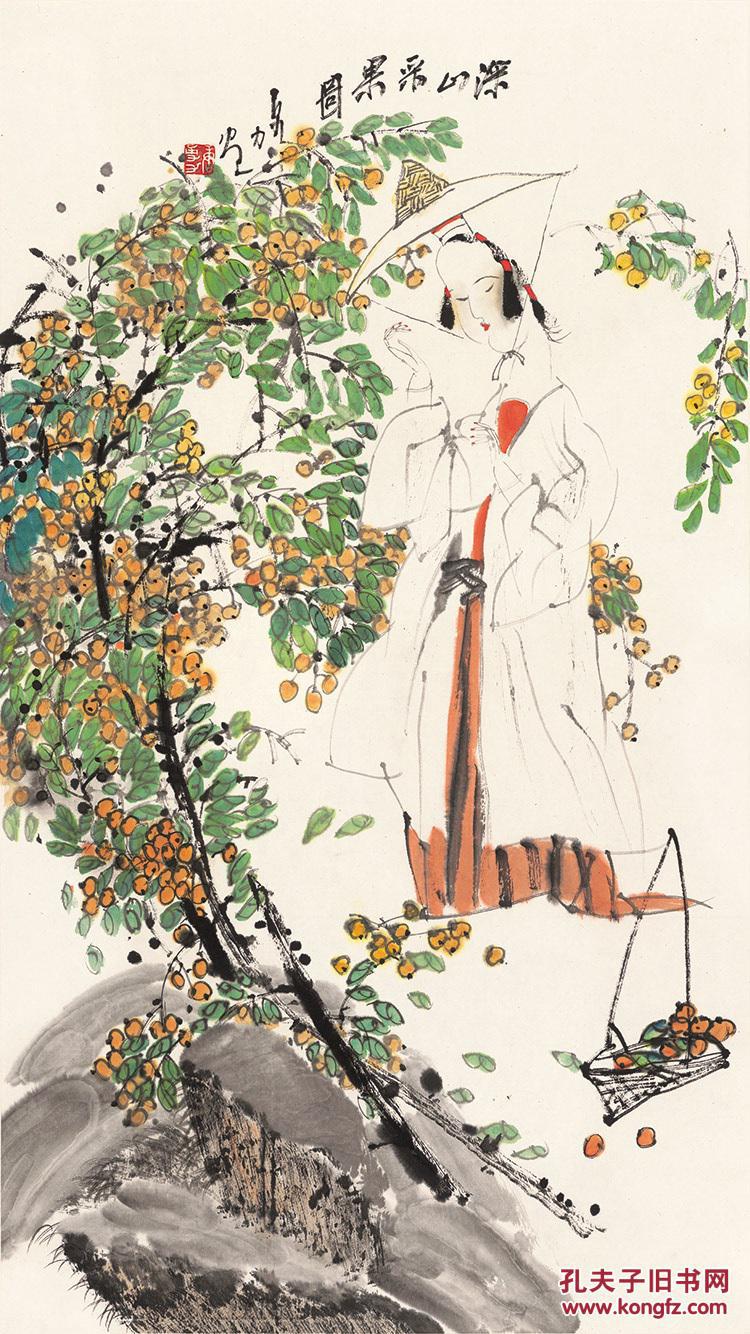
贱礼义而贵勇力，贫则为盗，富则为贼。